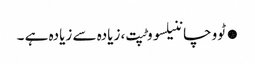
●ٹووچاننیلسووٹپت، زیادہ سے زیادہ ہے ۔